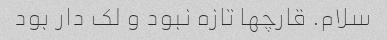
سلام. قارچها تازه نبود و لک دار بود